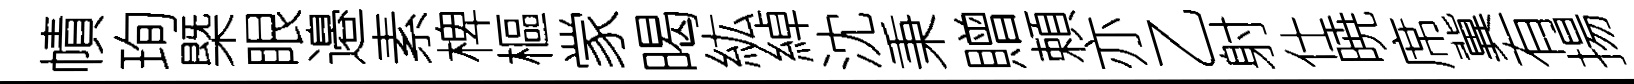
幘珣㮣眼邉素椑樞䝉暍紘綽沈秉贈頼亦乙射仕暁席冀有揚